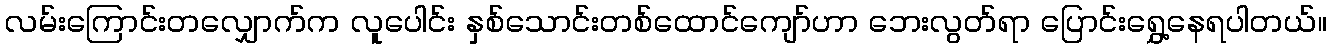
လမ်းကြောင်းတလျှောက်က လူပေါင်း နှစ်သောင်းတစ်ထောင်ကျော်ဟာ ဘေးလွတ်ရာ ပြောင်းရွှေ့နေရပါတယ်။